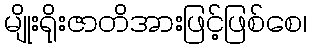
မျိုးရိုးဇာတိအားဖြင့်ဖြစ်စေ၊